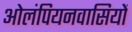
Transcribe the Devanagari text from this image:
ओलंपियनवासियों